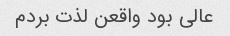
عالی بود واقعن لذت بردم